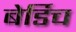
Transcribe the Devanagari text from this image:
बेर्डिच